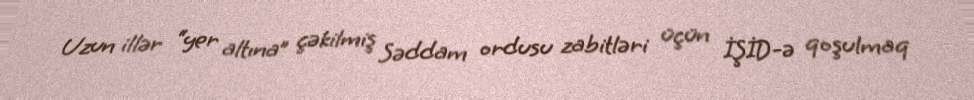
Uzun illər “yer altına” çəkilmiş Səddam ordusu zabitləri üçün İŞİD-ə qoşulmaq